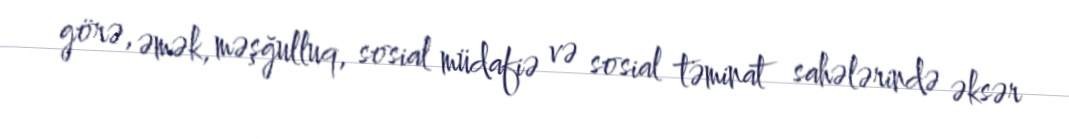
görə, əmək, məşğulluq, sosial müdafiə və sosial təminat sahələrində əksər